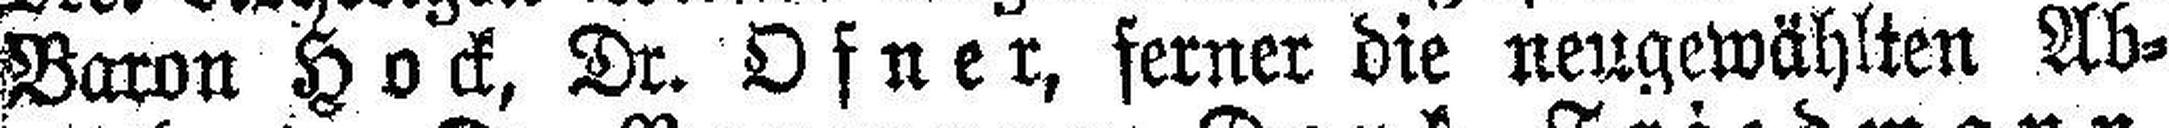
Baron Hock, Dr. Ofner, ferner die neugewählten Ab¬